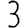
Digit: 3